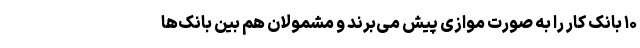
۱۰ بانک کار را به صورت موازی پیش می‌برند و مشمولان هم بین بانک‌ها